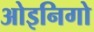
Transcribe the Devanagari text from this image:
ओइनिगो